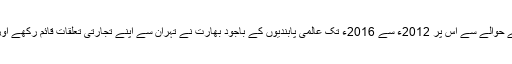
یاد رہے کہ ایران کے جوہری منصوبے کے حوالے سے اُس پر 2012ء سے 2016ء تک عالمی پابندیوں کے باجود بھارت نے تہران سے اپنے تجارتی تعلقات قائم رکھے اور ایرانی تیل اور گیس کا اہم خریدار رہا ہے۔